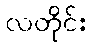
လတိုင်း